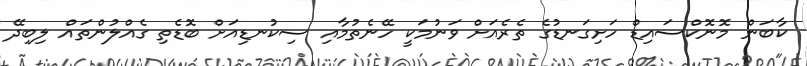
ކާބަން މޮނޮކްސައިޑް ހަށިގަނޑުގެ ތެރެއަށް ވަނުމަކީ ހޭނެތުމާއި ސިކުނޑިއަށް ބޮޑެތި ގެއްލުންތައް ލިބިދޭ